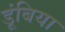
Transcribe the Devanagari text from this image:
डूंबिया